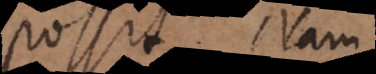
possit. Nam